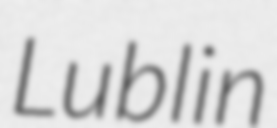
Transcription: Lublin